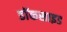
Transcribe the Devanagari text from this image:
डॉकसाइड